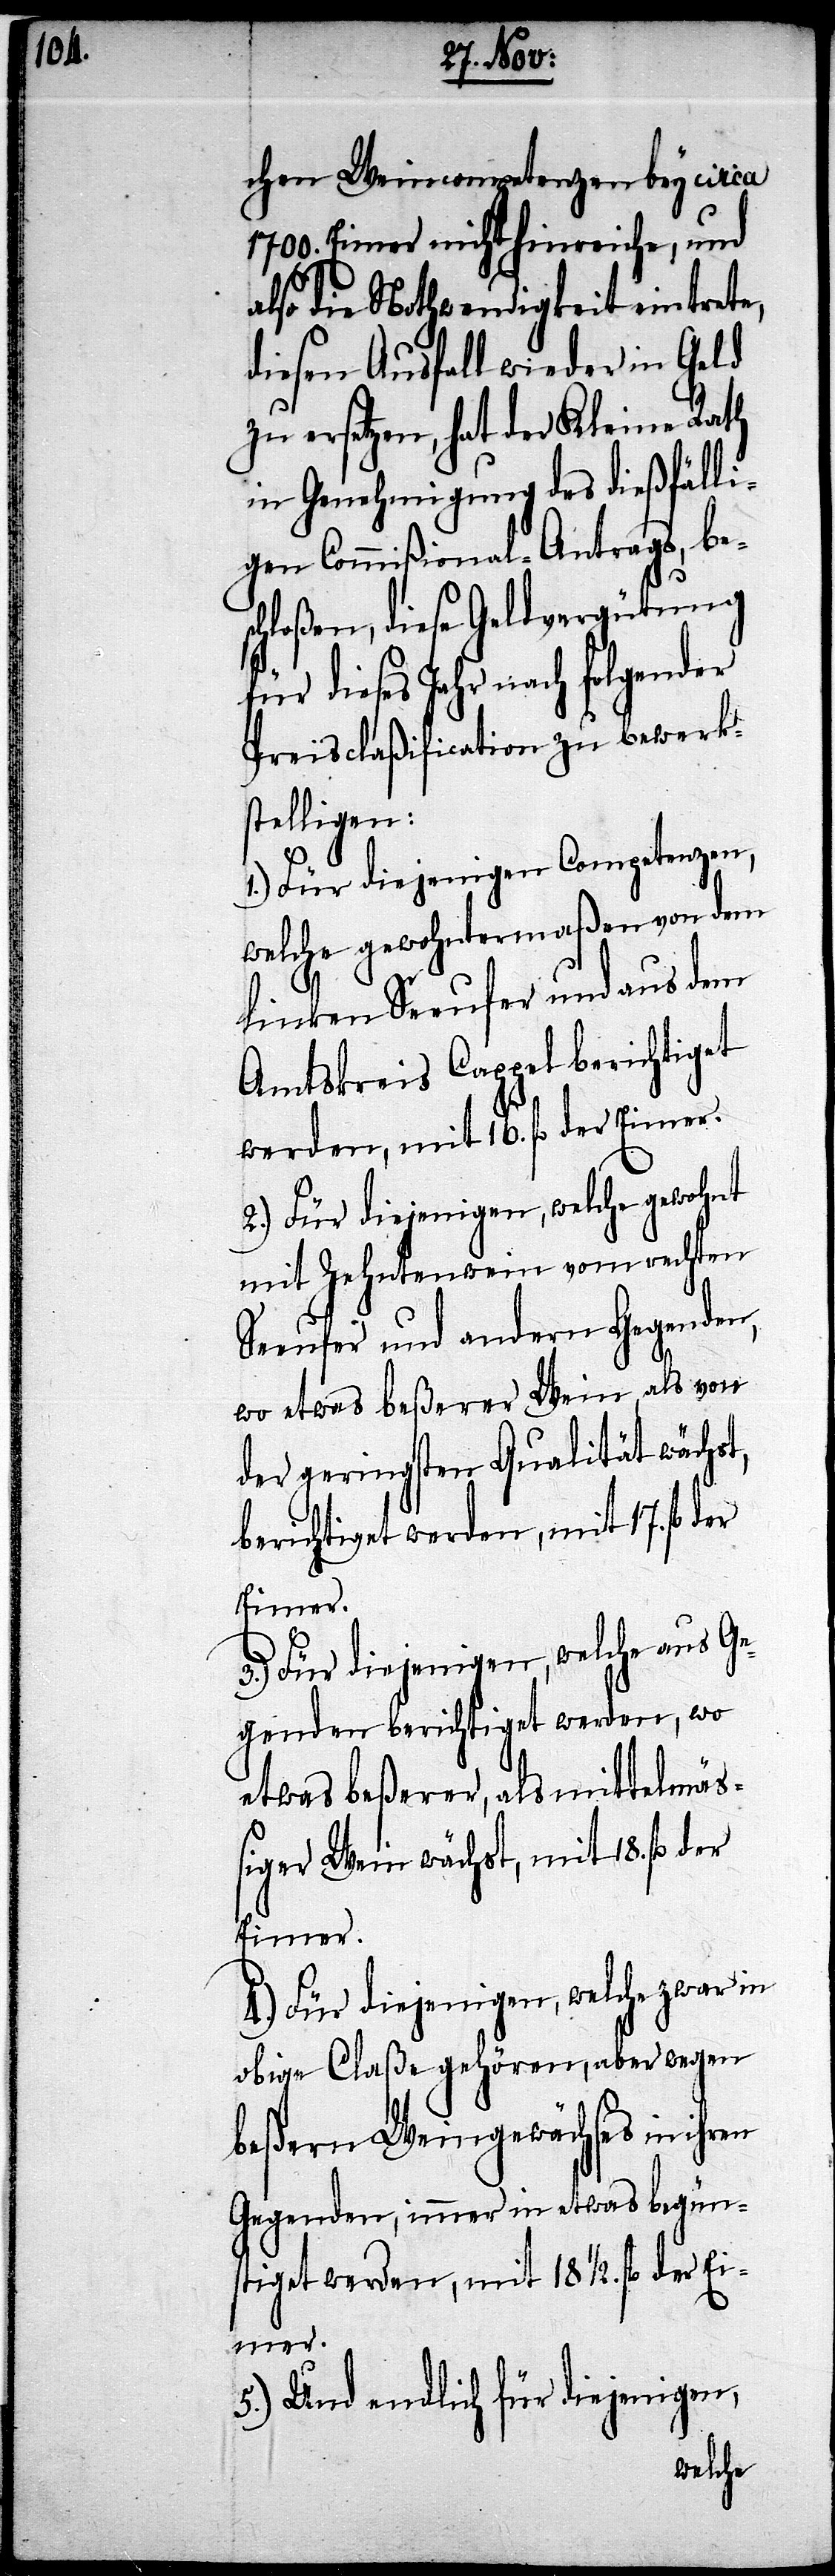
chen Weincompetenzen bey circa
1700. Eimer nicht hinreiche, und
also die Nothwendigkeit eintrete,
diesen Ausfall wieder in Geld
zu ersetzen, hat der Kleine Rath
in Genehmigung des dießfälli¬
gen Commißional-Antrags, bes¬
chloßen, diese Geldvergütung
dieses Jahr nach folgender
Preisclaßification zu bewerk¬
stelligen:
1.) Für diejenigen Competenzen,
welche gewohntermaßen von dem
linken Seeufer und aus dem
Amtskreis Cappel berichtiget
werden, mit 16. fl. der
2.) Für diejenigen, welche gewohnt
mit Zehntenwein vom rechten
Seeufer und andern Gegenden,
wo etwas beßerer Wein, als von
der geringsten Qualität wächst,
berichtiget werden, mit 17. fl.
Eimer.
3.) Für diejenigen, welche aus Ge¬
genden berichtiget werden, wo
etwas beßerer, als mittelmä¬
ßiger Wein wächst, mit 18. fl.
Eimer.
4.) Für diejenigen, welche zwar in
obige Claße gehören, aber wegen
beßern Weingewächses in ihren
Gegenden immer in etwas begüns¬
tiget werden, mit 18.1/2. fl. der
5.) Und endlich für diejenigen,